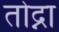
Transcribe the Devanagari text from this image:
तोद्ना